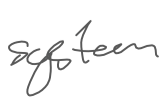
Text: system
Cross-out: clean
Writing tool: digital_gray